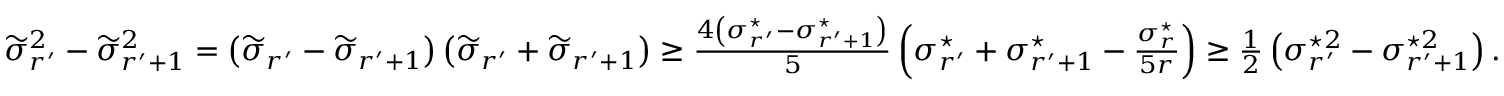
\begin{array} { r } { \widetilde { \sigma } _ { r ^ { \prime } } ^ { 2 } - \widetilde { \sigma } _ { r ^ { \prime } + 1 } ^ { 2 } = \left( \widetilde { \sigma } _ { r ^ { \prime } } - \widetilde { \sigma } _ { r ^ { \prime } + 1 } \right) \left( \widetilde { \sigma } _ { r ^ { \prime } } + \widetilde { \sigma } _ { r ^ { \prime } + 1 } \right) \geq \frac { 4 \left( \sigma _ { r ^ { \prime } } ^ { \star } - \sigma _ { r ^ { \prime } + 1 } ^ { \star } \right) } { 5 } \left( \sigma _ { r ^ { \prime } } ^ { \star } + \sigma _ { r ^ { \prime } + 1 } ^ { \star } - \frac { \sigma _ { r } ^ { \star } } { 5 r } \right) \geq \frac { 1 } { 2 } \left( \sigma _ { r ^ { \prime } } ^ { \star 2 } - \sigma _ { r ^ { \prime } + 1 } ^ { \star 2 } \right) . } \end{array}